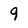
Character: 9